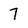
Character: 7